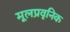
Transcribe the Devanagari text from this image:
मूलप्रवृनिक